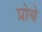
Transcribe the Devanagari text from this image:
प्रोबे